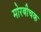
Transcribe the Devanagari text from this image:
मोरबीचक